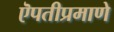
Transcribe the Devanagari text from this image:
ऎपतीप्रमाणे